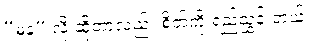
“မန” လို့ ဆိုတာလည်း စိတ်ကို ရည်ညွှန်းတယ်၊